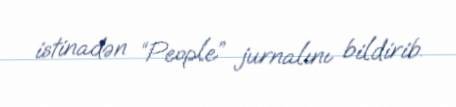
istinadən “People” jurnalını bildirib.